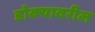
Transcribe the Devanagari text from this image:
डोक्‍यावरील